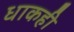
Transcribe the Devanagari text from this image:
धाकही